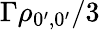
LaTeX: \Gamma\rho_{0^{\prime},0^{\prime}}/3